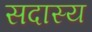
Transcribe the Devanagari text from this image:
सदास्य